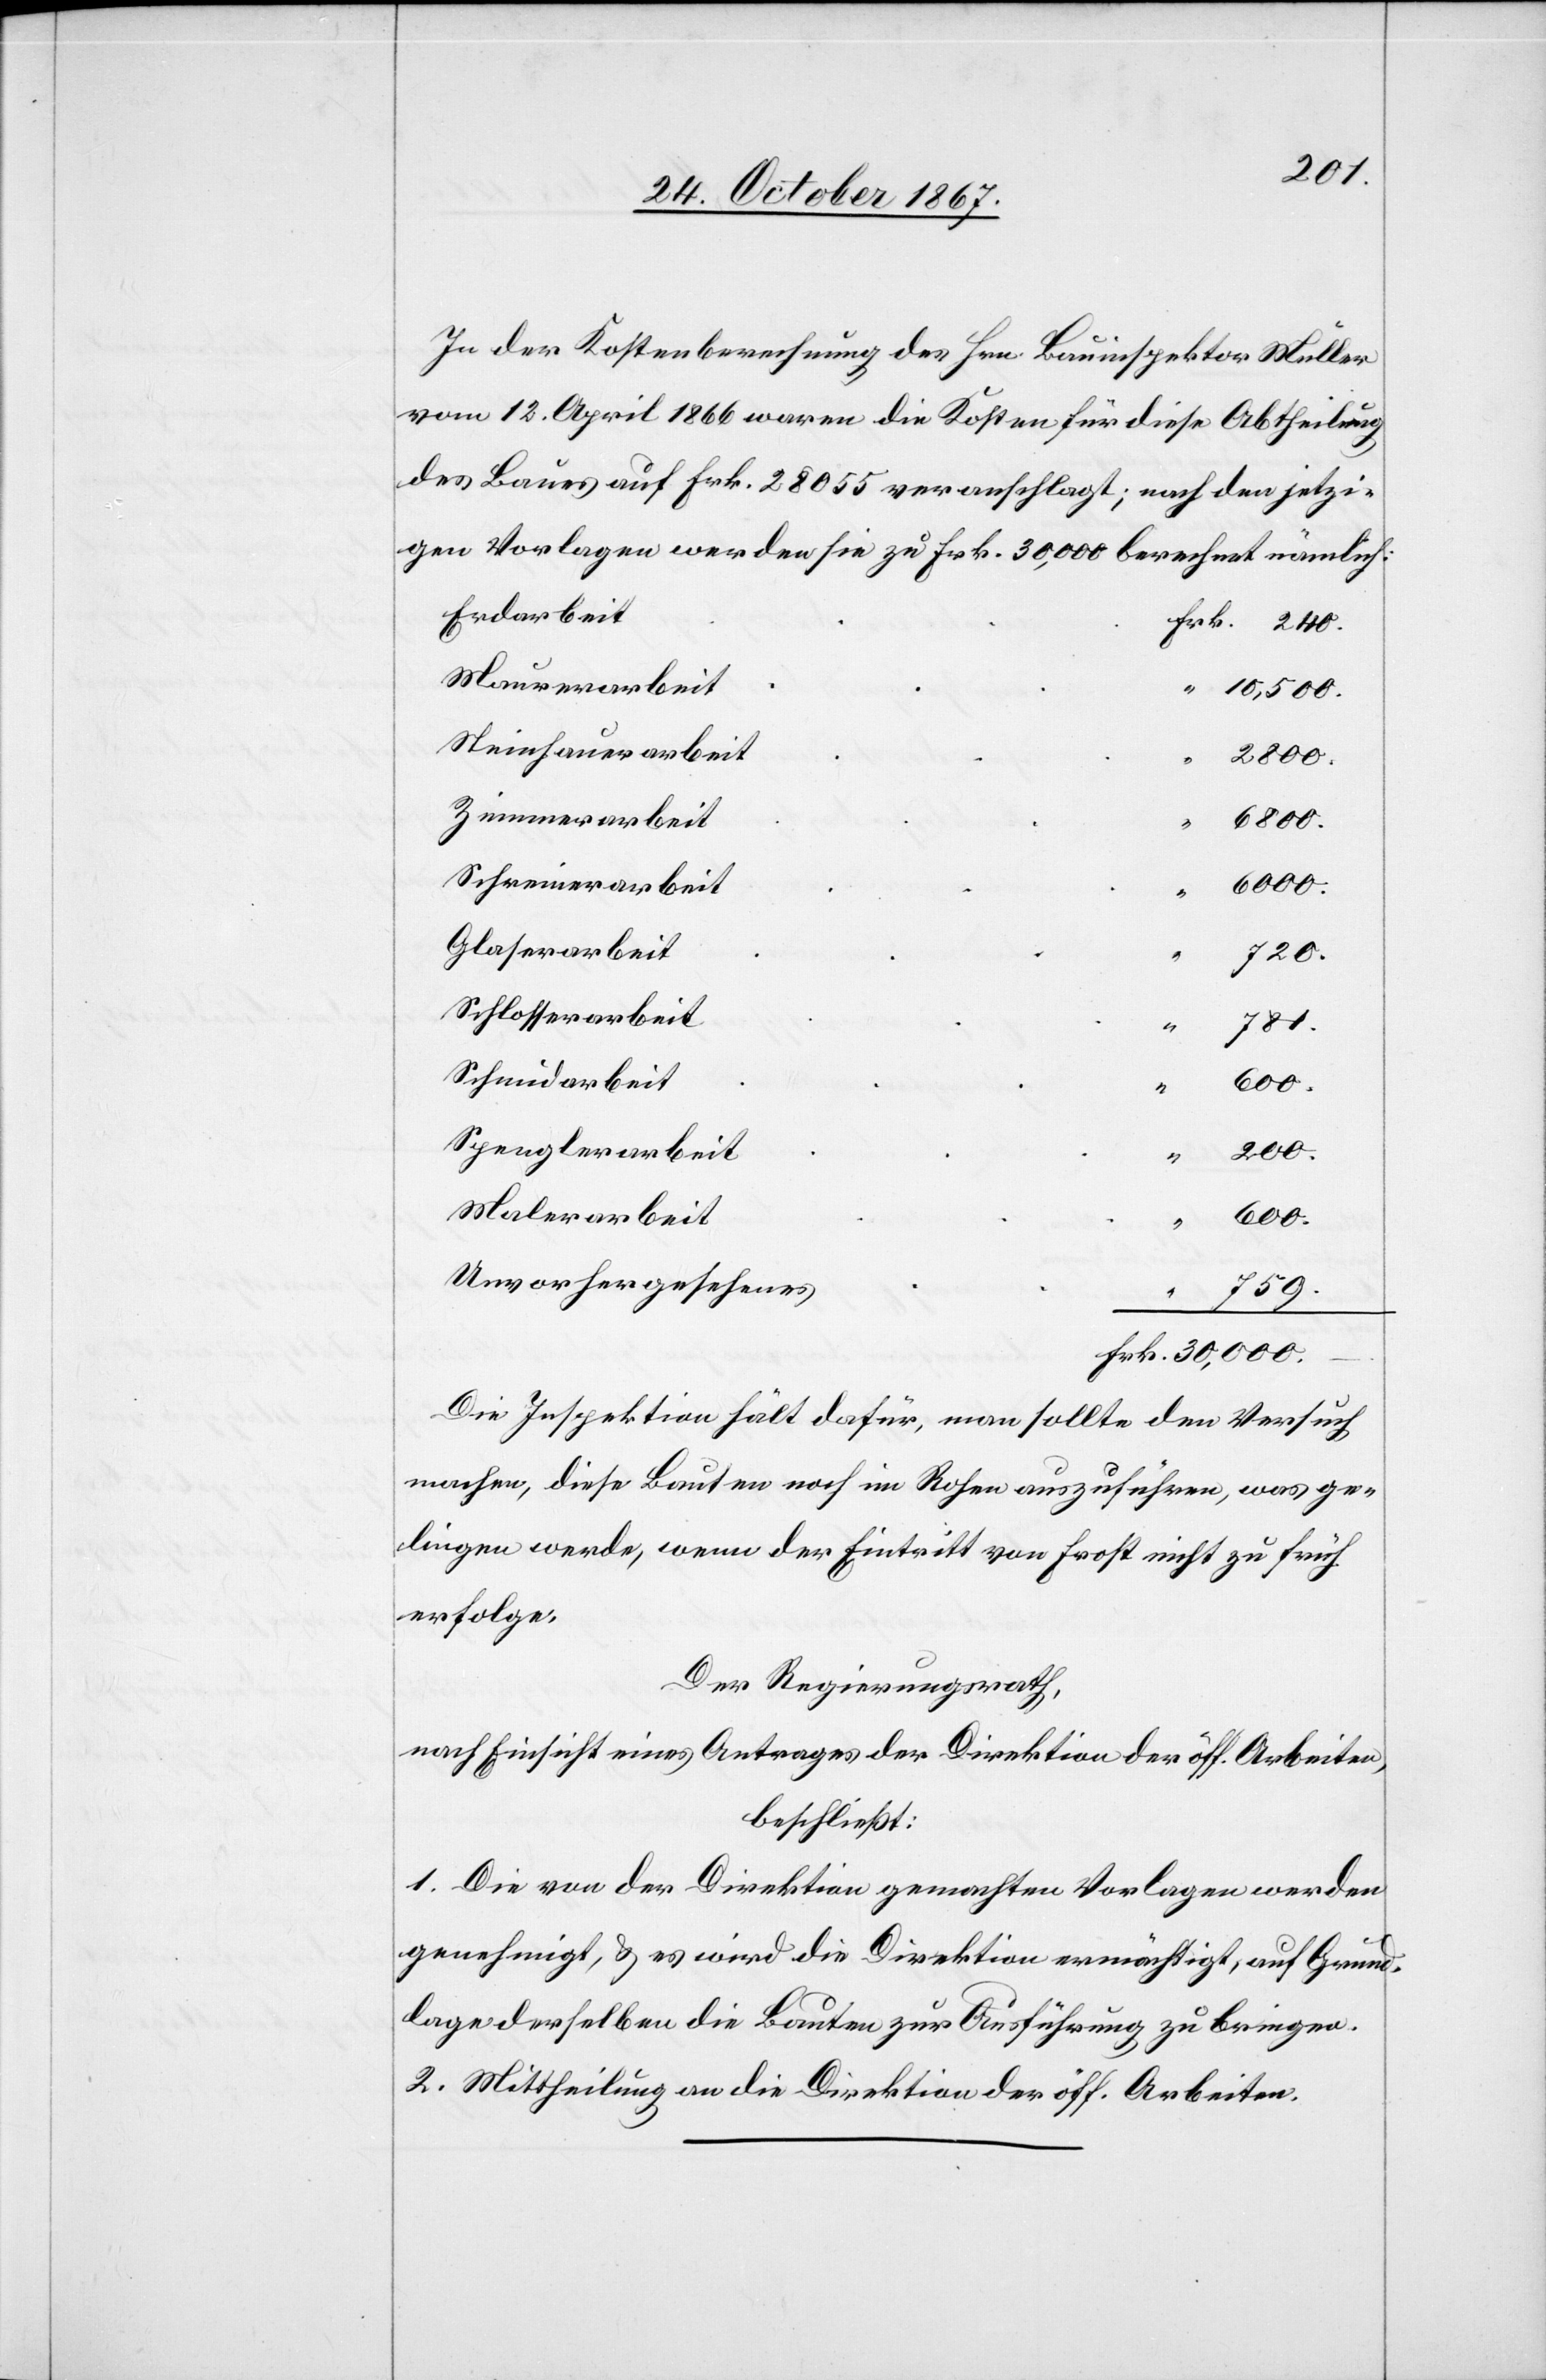
30.
In der Kostenberechnung des Hrn. Bauinspektor Müller
vom 12. April 1866 waren die Kosten für diese Abtheilung
des Baues auf Frk. 28 055 veranschlagt, nach den jetzi¬
gen Vorlagen werden sie zu Frk. 30 000 berechnet, nämlich:
Erdarbeit
Steinhauerarbeit
Zimmerarbeit
6800
Schreinerarbeit
6000
Glaserarbeit
720
Schlosserarbeit
781
10
Schmidarbeit
000
Spenglerarbeit
200
Malerarbeit
Unvorhergesehenes
759
Die Inspektion hält dafür, man sollte den Versuch
machen, diese Bauten noch im Rohen auszuführen, was ge¬
lingen werde, wenn der Eintritt von Frost nicht zu früh
erfolge.
Der Regierungsrath,
nach Einsicht eines Antrages der Direktion der öff. Arbeiten,
beschließt:
1. Die von der Direktion gemachten Vorlagen werden
genehmigt, u. es wird die Direktion ermächtigt, auf Grund¬
lage derselben die Bauten zur Ausführung zu bringen.
2. Mittheilung an die Direktion der öff. Arbeiten.